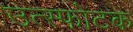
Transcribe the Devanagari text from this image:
उत्स्फोटक